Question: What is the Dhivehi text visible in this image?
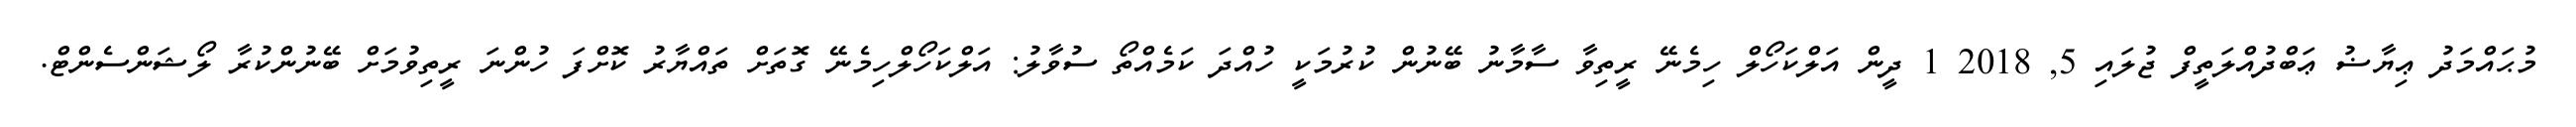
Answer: މުޙައްމަދު ޢިޔާޟު ޢަބްދުއްލަތީފް ޖުލައި 5, 2018 1 ދީން އަލްކަހޯލް ހިމެނޭ ރީތިވާ ސާމާނު ބޭނުން ކުރުމަކީ ހުއްދަ ކަމެއްތޯ ސުވާލު: އަލްކަހޯލްހިމެނޭ ގޮތަށް ތައްޔާރު ކޮށްފަ ހުންނަ ރީތިވުމަށް ބޭނުންކުރާ ލޯޝަންސެންޓް.